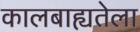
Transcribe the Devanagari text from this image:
कालबाह्यतेला